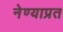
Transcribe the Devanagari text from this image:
नेण्याप्रत